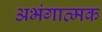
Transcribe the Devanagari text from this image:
अभंगात्मक